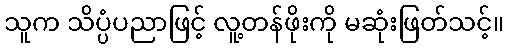
သူက သိပ္ပံပညာဖြင့် လူ့တန်ဖိုးကို မဆုံးဖြတ်သင့်။